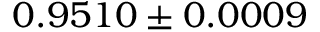
0 . 9 5 1 0 \pm 0 . 0 0 0 9